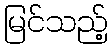
မြင်သည့်